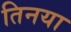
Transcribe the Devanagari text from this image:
तिनया